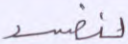
لنفسد